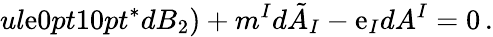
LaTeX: ul\mathrm{e}{0pt}{10pt}^{*}dB_{2})+m^{I}d\tilde{{A}}_{I}-\mathrm{e}_{I}dA^{I}=0\, .